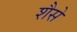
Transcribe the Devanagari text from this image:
शैसे